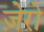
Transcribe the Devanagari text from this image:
ज़ेरो